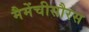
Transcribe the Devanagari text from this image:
मैमेंचीसौरस